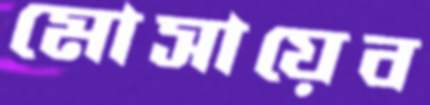
মোসায়েব